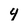
Character: 4